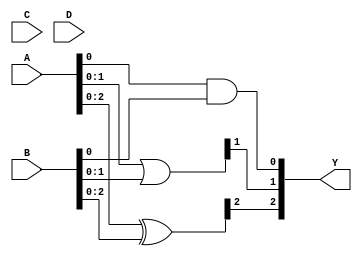
module combinational_logic_block #(
    parameter N = 4, // Number of input bits (A, B, C, D)
    parameter M = 3  // Number of output bits (Y)
)(
    input  [N-1:0] A, // N-bit input A
    input  [N-1:0] B, // N-bit input B
    input  [N-1:0] C, // N-bit input C
    input  [N-1:0] D, // N-bit input D
    output [M-1:0] Y  // M-bit output Y
);

// Intermediate signals for logic operations
wire [N-1:0] and_out;
wire [N-1:0] or_out;
wire [N-1:0] not_out_A;
wire [N-1:0] not_out_B;
wire [N-1:0] nand_out;
wire [N-1:0] nor_out;
wire [N-1:0] xor_out;

// Logic operations
assign and_out = A & B;          // AND operation
assign or_out = A | B;           // OR operation
assign not_out_A = ~A;           // NOT operation on A
assign not_out_B = ~B;           // NOT operation on B
assign nand_out = ~(A & B);      // NAND operation
assign nor_out = ~(A | B);       // NOR operation
assign xor_out = A ^ B;          // XOR operation

// Output logic (custom mapping)
assign Y[0] = and_out[0];        // Output 0: AND of A[0] and B[0]
assign Y[1] = or_out[1];         // Output 1: OR of A[1] and B[1]
assign Y[2] = xor_out[2];        // Output 2: XOR of A[2] and B[2]

// Additional logic can be added here based on specific requirements

endmodule